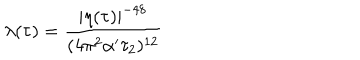
\lambda ( \tau ) = { \frac { | \eta ( \tau ) | ^ { - 4 8 } } { ( 4 \pi ^ { 2 } \alpha ^ { \prime } \tau _ { 2 } ) ^ { 1 2 } } }